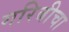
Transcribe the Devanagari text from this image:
गरिबीचा